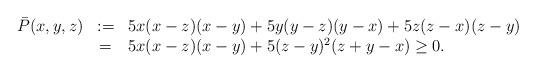
LaTeX: \begin{align*}\begin{array}{rcl}\bar{P}(x,y,z)&:=&5x(x-z)(x-y)+5y(y-z)(y-x)+5z(z-x)(z-y)\\&=&5x(x-z)(x-y)+5(z-y)^2(z+y-x)\geq0.\end{array}\end{align*}